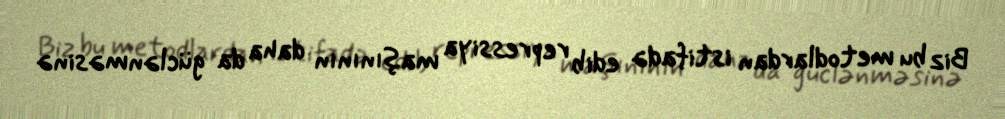
Biz bu metodlardan istifadə edib repressiya maşınının daha da güclənməsinə